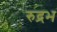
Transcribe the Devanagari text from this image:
रुद्रभ